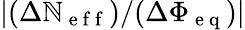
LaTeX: \lvert(\Delta\mathbb{N}_{\mathrm{{~e~f~f~}}})/(\Delta\Phi_{\mathrm{{~e~q~}}})\rvert